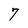
Character: 7